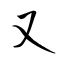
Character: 又